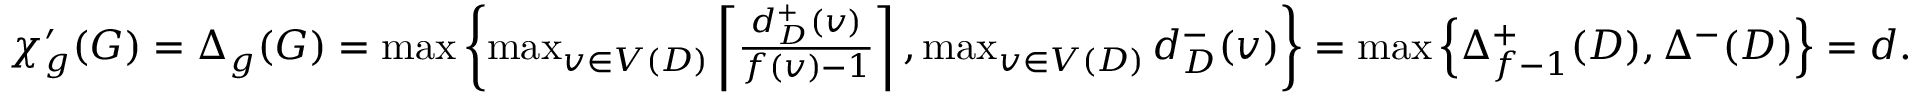
\begin{array} { r } { \chi _ { g } ^ { \prime } ( G ) = \Delta _ { g } ( G ) = \operatorname* { m a x } \left\{ \operatorname* { m a x } _ { v \in V ( D ) } \left\lceil \frac { d _ { D } ^ { + } ( v ) } { f ( v ) - 1 } \right\rceil , \operatorname* { m a x } _ { v \in V ( D ) } d _ { D } ^ { - } ( v ) \right\} = \operatorname* { m a x } \left\{ \Delta _ { f - 1 } ^ { + } ( D ) , \Delta ^ { - } ( D ) \right\} = d . } \end{array}